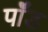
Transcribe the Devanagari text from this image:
पाॅॅड